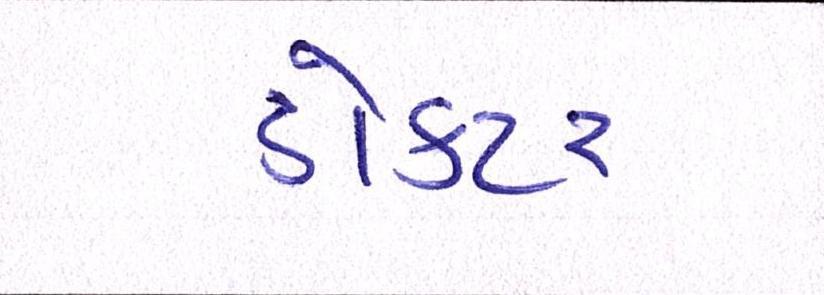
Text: ડોકટર